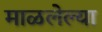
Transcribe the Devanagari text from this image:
माळलेल्या